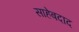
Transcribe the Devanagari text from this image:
साहेबदाद